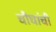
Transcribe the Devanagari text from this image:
चौघांची